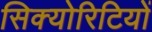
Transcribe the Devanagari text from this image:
सिक्योरिटियों